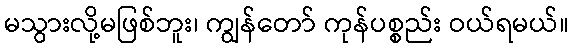
မသွားလို့မဖြစ်ဘူး၊ ကျွန်တော် ကုန်ပစ္စည်း ဝယ်ရမယ်။